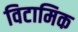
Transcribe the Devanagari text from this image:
विटामिक